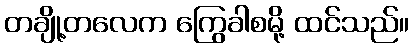
တချို့တလေက ကြွေခါစမို့ ထင်သည်။